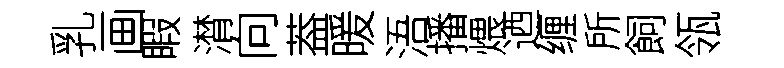
乳画睱潸向葢暖浯播煨迺缠所飼瓴